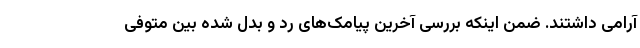
آرامی داشتند. ضمن اینکه بررسی آخرین پیامک‌های رد و بدل شده بین متوفی